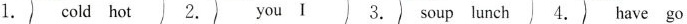
1. cold hot 2. you I 3. soup lunch 4. have go